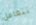
نتعامل